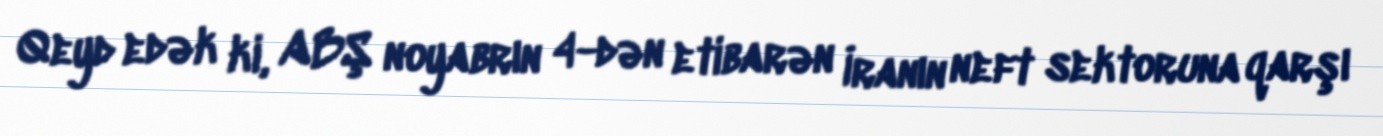
Qeyd edək ki, ABŞ noyabrın 4-dən etibarən İranın neft sektoruna qarşı